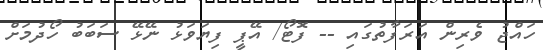
ހައްޖު ވެރިން އަރަފާތުގައި -- ފޮޓޯ/ އޭޕީ ފިޔަވަޅު ނޭޅޭ ސަބަބު ހޯދުމަށް